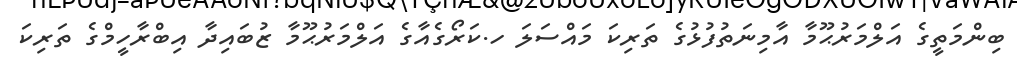
ބިންމަތީގެ އަލްމަރުޙޫމާ އާމިނަތުފުޅުގެ ތަރިކަ މައްސަލަ ހ.ކަރޯގެއާގެ އަލްމަރުޙޫމާ ޒުބައިދާ އިބްރާހީމްގެ ތަރިކަ